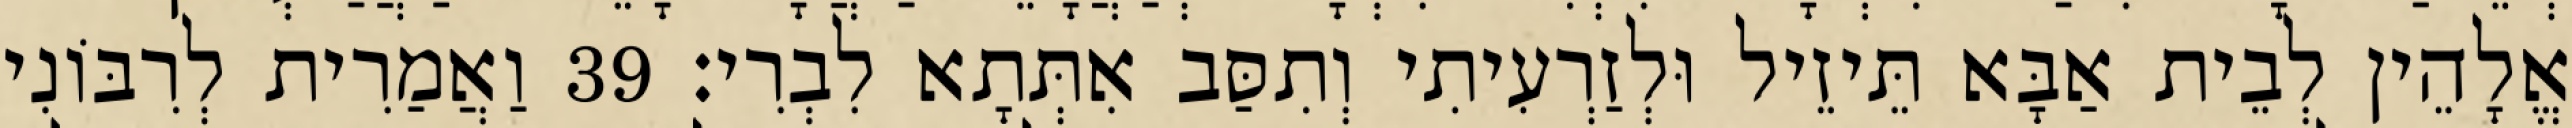
אֱלָהֵין לְבֵית אַבָּא תֵּיזֵיל וּלְזַרְעִיתִי וְתִסַּב אִתְּתָא לִבְרִי׃ 39 וַאֲמַרִית לְרִבּוֹנִי